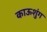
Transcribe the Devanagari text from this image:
काऊशुंग